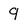
Character: 9